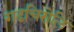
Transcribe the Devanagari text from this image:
गढचिरोलि